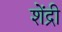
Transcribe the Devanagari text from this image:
शेंद्री